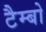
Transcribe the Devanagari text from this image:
टैम्बो